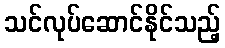
သင်လုပ်ဆောင်နိုင်သည့်